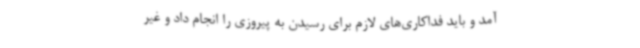
آمد و باید فداکاری‌های لازم برای رسیدن به پیروزی را انجام داد و غیر